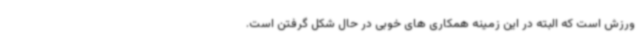
ورزش است که البته در این زمینه همکاری های خوبی در حال شکل گرفتن است.